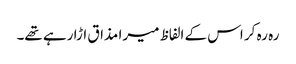
رہ رہ کر اس کے الفاظ میرا مذاق اڑا رہے تھے۔